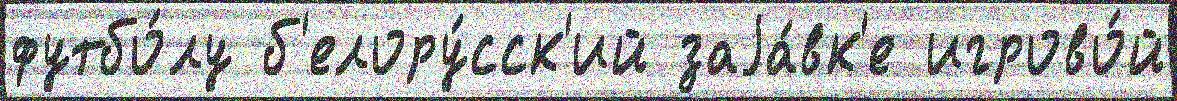
футбо́лу б'елору́сск'ий заjа́вк'е игрово́й